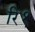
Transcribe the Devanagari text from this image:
रि१